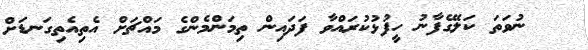
ނުވަތަ ކަލޭގެފާނު ހީފުޅުކުރައްވާ ފަދައިން ތިމަންމެންގެ މައްޗަށް އެތިއެތިގަނޑަށް